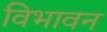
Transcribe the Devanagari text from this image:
विभावन